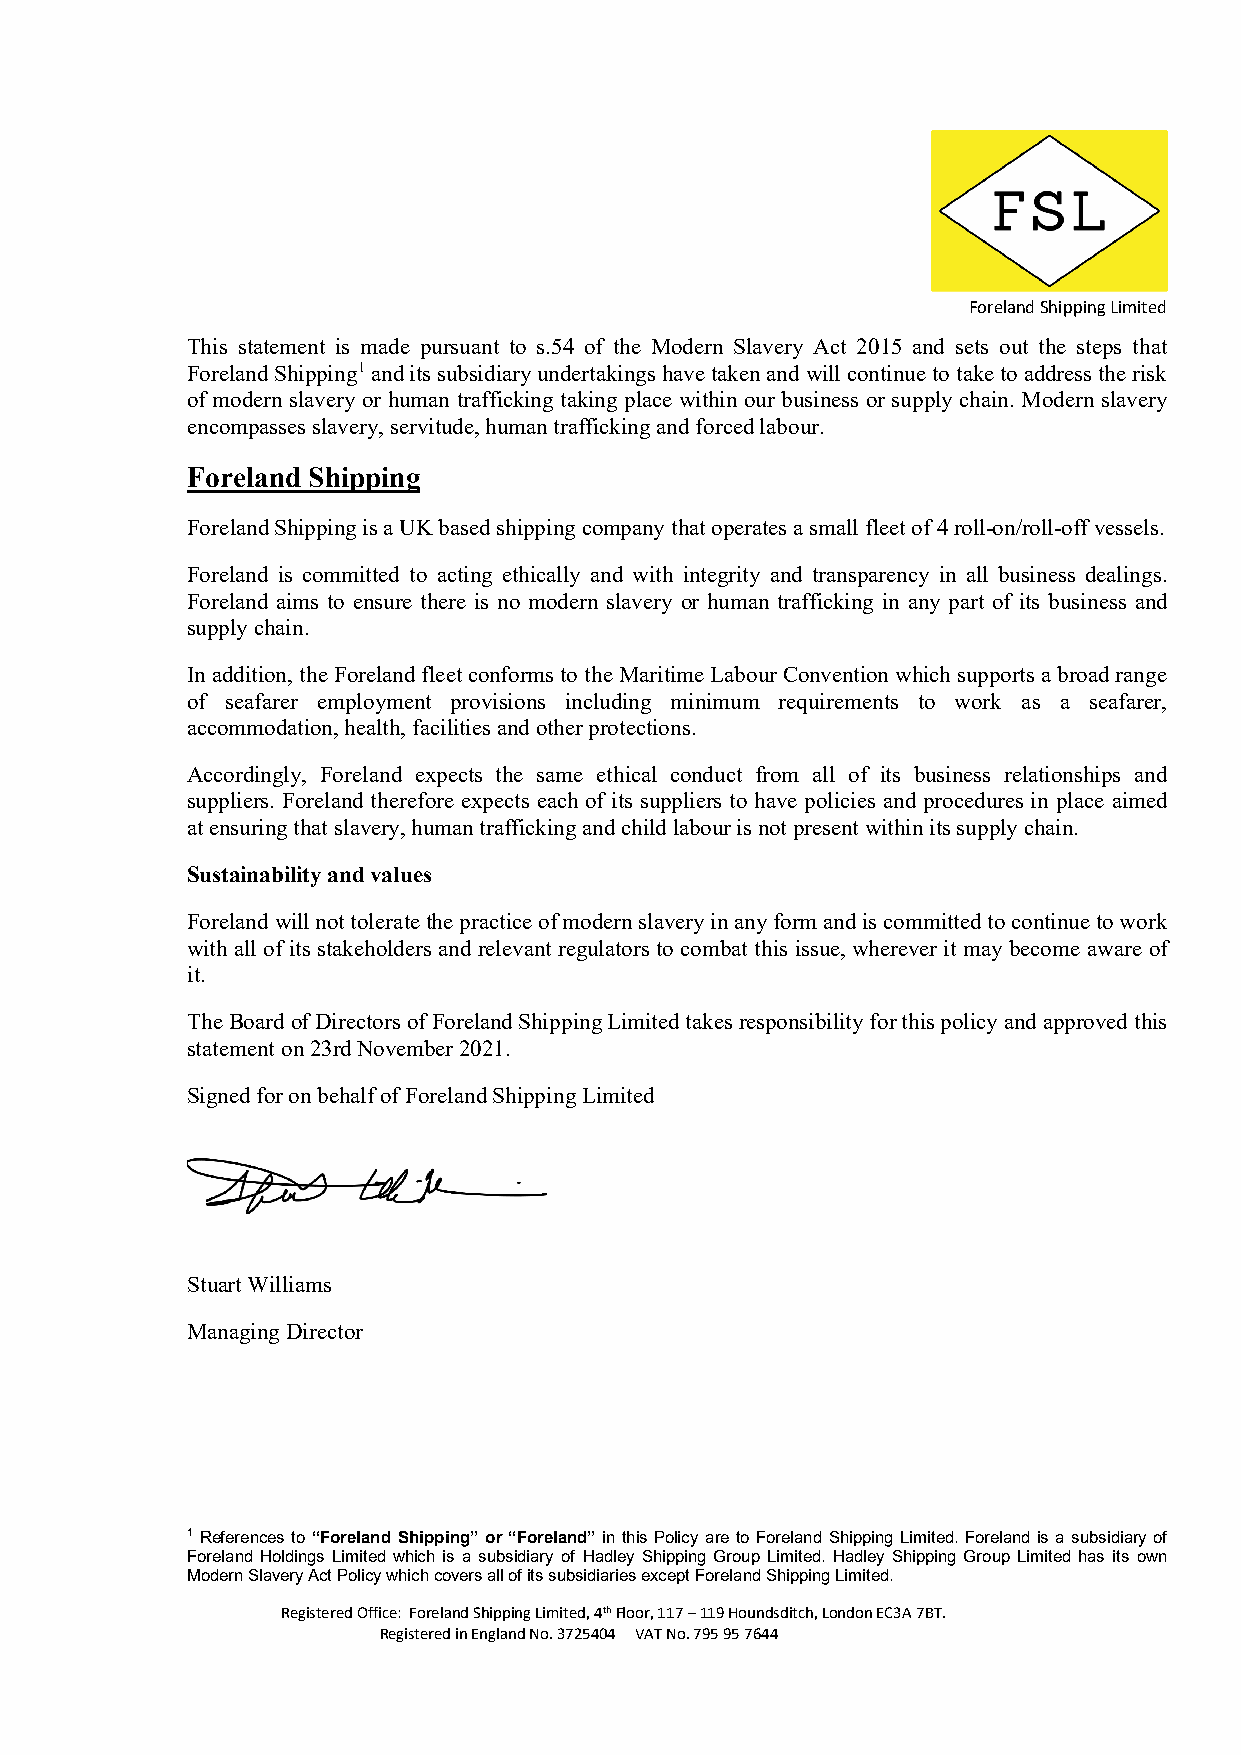
Foreland Shipping Limited
 This statement is made pursuant to s.54 of the Modern Slavery Act 2015 and sets out the steps that
 Foreland Shipping1 and its subsidiary undertakings have taken and will continue to take to address the risk
 of modern slavery or human trafficking taking place within our business or supply chain. Modern slavery
 encompasses slavery, servitude, human trafficking and forced labour.
 Foreland Shipping
 Foreland Shipping is a UK based shipping company that operates a small fleet of 4 roll-on/roll-off vessels.
 Foreland is committed to acting ethically and with integrity and transparency in all business dealings.
 Foreland aims to ensure there is no modern slavery or human trafficking in any part of its business and
 supply chain.
 In addition, the Foreland fleet conforms to the Maritime Labour Convention which supports a broad range
 of seafarer employment provisions including minimum requirements to work as a seafarer,
 accommodation, health, facilities and other protections.
 Accordingly, Foreland expects the same ethical conduct from all of its business relationships and
 suppliers. Foreland therefore expects each of its suppliers to have policies and procedures in place aimed
 at ensuring that slavery, human trafficking and child labour is not present within its supply chain.
 Sustainability and values
 Foreland will not tolerate the practice of modern slavery in any form and is committed to continue to work
 with all of its stakeholders and relevant regulators to combat this issue, wherever it may become aware of
 it.
 The Board of Directors of Foreland Shipping Limited takes responsibility for this policy and approved this
 statement on 23rd November 2021.
 Signed for on behalf of Foreland Shipping Limited
 Stuart Williams
 Managing Director
 1 References to “Foreland Shipping” or “Foreland” in this Policy are to Foreland Shipping Limited. Foreland is a subsidiary of
 Foreland Holdings Limited which is a subsidiary of Hadley Shipping Group Limited. Hadley Shipping Group Limited has its own
 Modern Slavery Act Policy which covers all of its subsidiaries except Foreland Shipping Limited.
 Registered Office: Foreland Shipping Limited, 4th Floor, 117 – 119 Houndsditch, London EC3A 7BT.
 Registered in England No. 3725404 VAT No. 795 95 7644